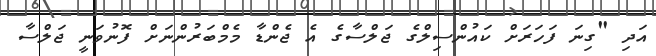
އަދި "ގިނަ ފަހަރަށް ކައުންސިލްގެ ޖަލްސާގެ އެ ޖެންޑާ މެމްބަރުންނަށް ފޮނުވަނީ ޖަލްސާ